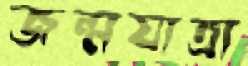
জন্মযাত্রা